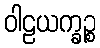
ဝါဠယက္ခဉ္စ